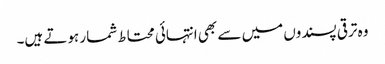
وہ ترقی پسندوں میں سے بھی انتہائی محتاط شمار ہوتے ہیں۔